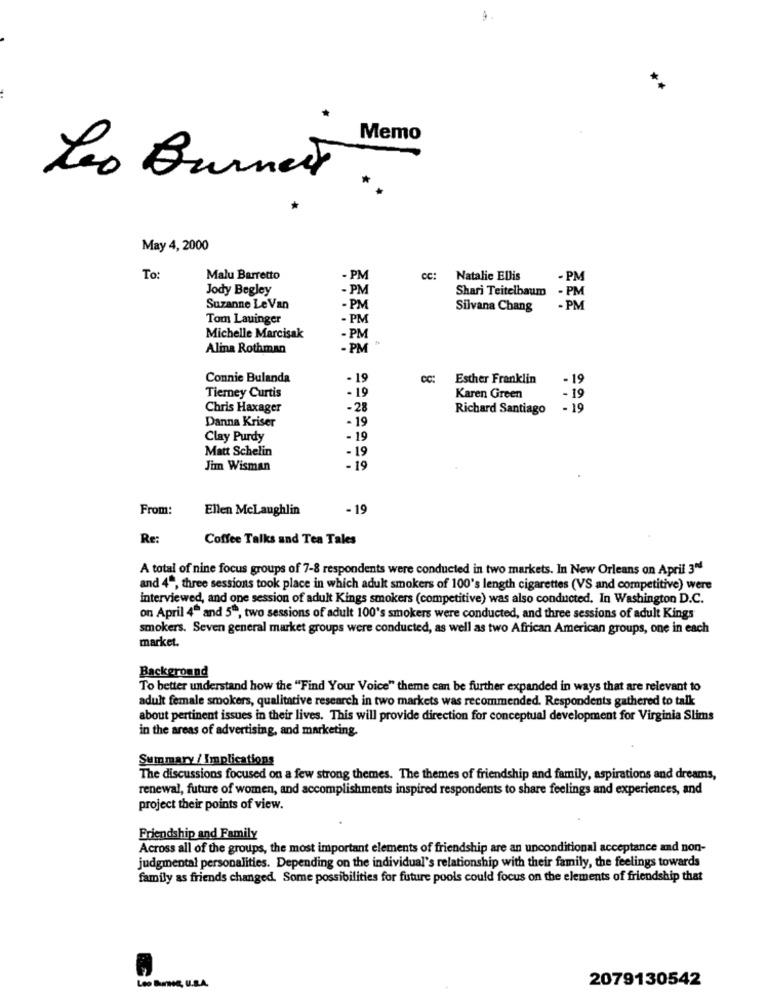
Memo
Leo Burnett
May 4, 2000
To:
Malu Barretto
- PM
CC:
Natalie Ellis
- PM
Jody Begley
- PM
Shari Teitelbaum
- PM
Suzanne Le Van
- PM
Silvana Chang
- PM
Tom Lauinger
- PM
Michelle Marcisak
- PM
Alina Rothman
- PM
Connie Bulanda
- 19
CC:
Esther Franklin
- 19
Tierney Curtis
- 19
- 19
Karen Green
Chris Haxager
-28
Richard Santiago
- 19
Danna Kriser
- 19
Clay Purdy
- 19
Matt Schelin
- 19
Jim Wisman
- 19
From:
Ellen Mclaughlin
- 19
Re:
Coffee Talks and Tea Tales
A total of nine focus groups of 7-8 respondents were conducted in two markets. In New Orleans on April 304
and 4", three sessions took place in which adult smokers of 100's length cigarettes (VS and competitive) were
interviewed, and one session of adult Kings smokers (competitive) was also conducted. In Washington D.C.
on April 4" and 5º, two sessions of adult 100's smokers were conducted, and three sessions of adult Kings
smokers. Seven general market groups were conducted, as well as two African American groups, one in each
market.
Background
To better understand how the "Find Your Voice" theme can be further expanded in ways that are relevant to
adult female smokers, qualitative research in two markets was recommended. Respondents gathered to talk
about pertinent issues in their lives. This will provide direction for conceptual development for Virginia Slims
in the areas of advertising, and marketing.
Summary / Implications
The discussions focused on a few strong themes. The themes of friendship and family, aspirations and dreams,
renewal, future of women, and accomplishments inspired respondents to share feelings and experiences, and
project their points of view.
Friendship and Family
Across all of the groups, the most important elements of friendship are an unconditional acceptance and non-
judgmental personalities. Depending on the individual's relationship with their family, the feelings towards
family as friends changed. Some possibilities for future pools could focus on the elements of friendship that
2079130542
Leo Anne, U.S.A.